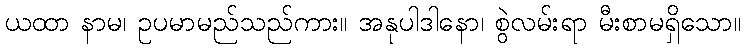
ယထာ နာမ၊ ဥပမာမည်သည်ကား။ အနုပါဒါနော၊ စွဲလမ်းရာ မီးစာမရှိသော။